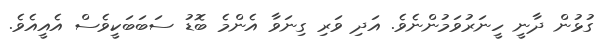
ގުޅުން ދާނީ ހީނަރުވަމުންނެވެ. އަދި ވަރި ގިނަވާ އެންމެ ބޮޑު ސަބަބަކީވެސް އެއީއެވެ.